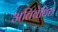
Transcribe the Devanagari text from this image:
अतिवेधित